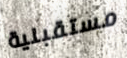
مستقبلية